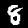
Label: 8